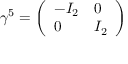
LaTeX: \gamma ^ { 5 } = { \left( \begin{array} { l l } { - I _ { 2 } } & { 0 } \\ { 0 } & { I _ { 2 } } \end{array} \right) }